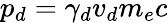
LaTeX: p_{d}=\gamma_{d}v_{d}m_{e}c